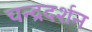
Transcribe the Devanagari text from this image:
चन्द्रदर्शन